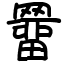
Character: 羀